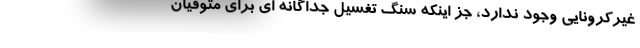
غیرکرونایی وجود ندارد، جز اینکه سنگ تغسیل جداگانه ای برای متوفیان